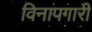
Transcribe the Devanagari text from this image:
विनापगारी